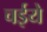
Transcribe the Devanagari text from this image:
चईये